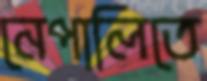
নেপালিতে